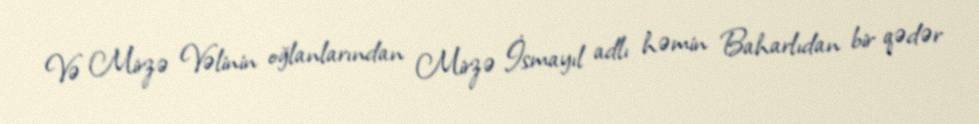
Və Mirzə Vəlinin oğlanlarından Mirzə İsmayıl adlı həmin Baharlıdan bir qədər